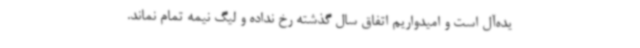
یده‌آل است و امیدواریم اتفاق سال گذشته رخ نداده و لیگ نیمه تمام نماند.